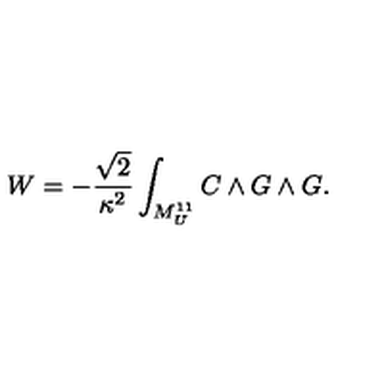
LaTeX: W = - { \frac { \sqrt { 2 } } { \kappa ^ { 2 } } } \int _ { M _ { U } ^ { 1 1 } } C \wedge G \wedge G .